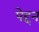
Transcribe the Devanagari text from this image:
पेद्दन